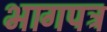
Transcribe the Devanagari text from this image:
भागपत्र